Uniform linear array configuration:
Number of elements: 64
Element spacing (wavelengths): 1
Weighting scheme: binomial
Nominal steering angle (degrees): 60
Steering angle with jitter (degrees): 61.481
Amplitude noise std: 0.05
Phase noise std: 0.05

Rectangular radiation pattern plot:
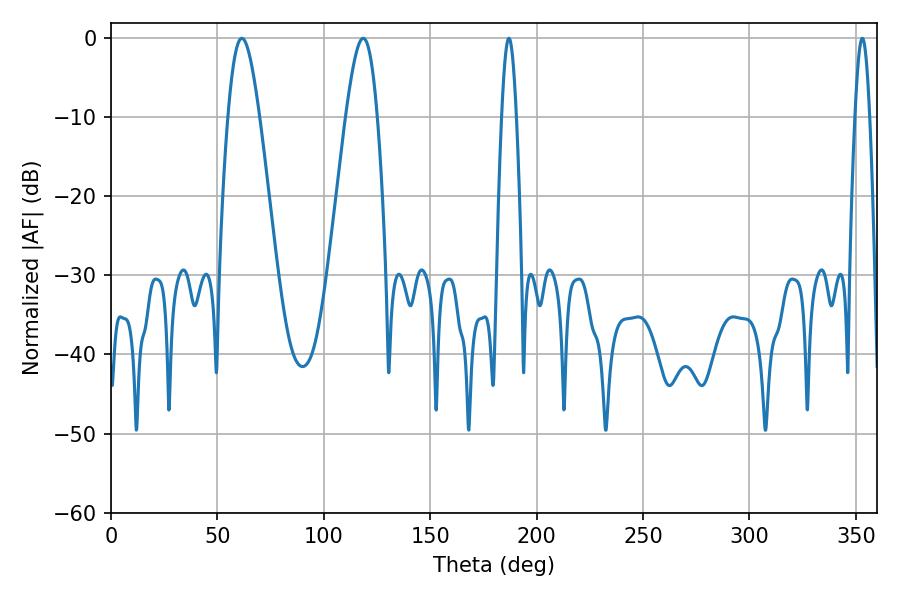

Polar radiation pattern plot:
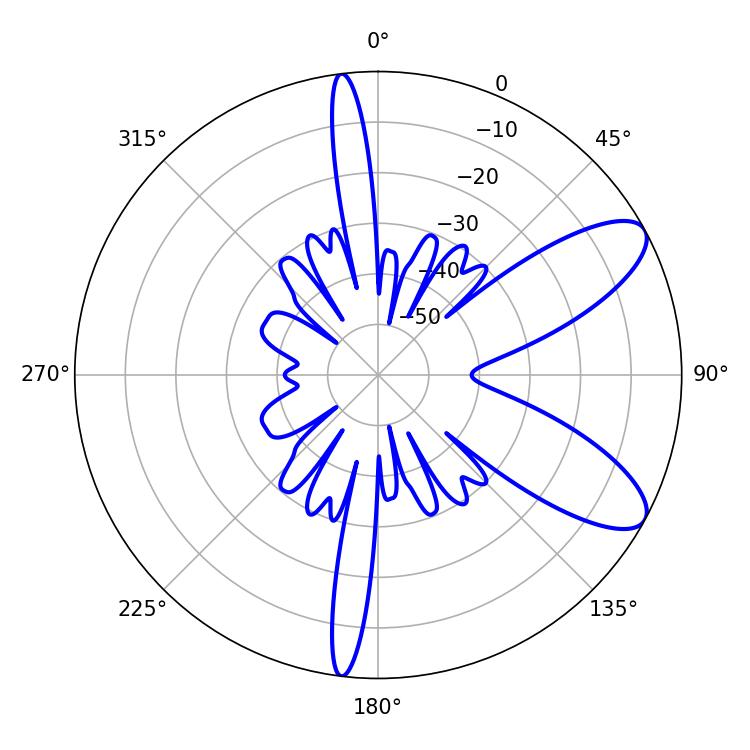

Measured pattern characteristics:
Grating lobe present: TRUE
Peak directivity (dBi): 9.031
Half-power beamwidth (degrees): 7.92
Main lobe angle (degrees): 61.56